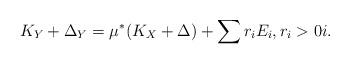
LaTeX: \begin{align*} K_Y+\Delta_Y=\mu^*(K_X+\Delta)+\sum r_iE_i, r_i>0 i. \end{align*}